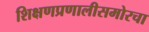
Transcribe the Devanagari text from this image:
शिक्षणप्रणालीसमोरचा